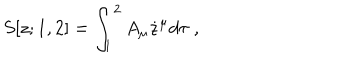
S [ z ; 1 , 2 ] = \int _ { 1 } ^ { 2 } A _ { \mu } \dot { z } ^ { \mu } d \tau \; ,